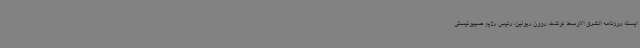
ایسنا، روزنامه الشرق الاوسط نوشت، روون ریولین، رئیس رژیم صهیونیستی